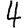
Digit: 4